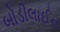
બોડીલાઈન